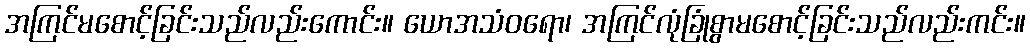
အကြင်မစောင့်ခြင်းသည်လည်းကောင်း။ ယောအသံဝရော၊ အကြင်လုံခြုံစွာမစောင့်ခြင်းသည်လည်းကင်း။